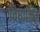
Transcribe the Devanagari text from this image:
विधाक्तिम